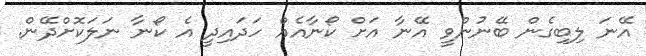
އޭނަ ލިބިގެން ބޭނުންވީ އޭނާ އަށް ކޯނާއެއް ހަދައިދީ އެ ކޯނާ ނަލަކޮށްދޭން.